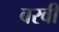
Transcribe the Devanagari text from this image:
बरवी